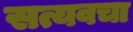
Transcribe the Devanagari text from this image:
सत्यवचा